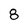
Character: 8